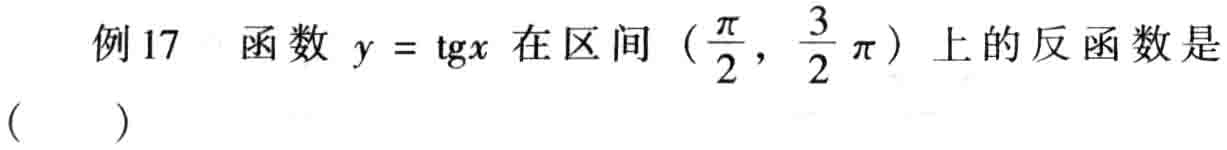
例17 函数 \(y = \mathrm{tg}x\) 在区间 \((\frac{\pi}{2}, \frac{3}{2}\pi)\) 上的反函数是（  ）